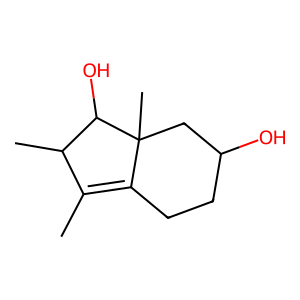
SMILES: CC1=C2CCC(O)CC2(C)C(O)C1C
Inhibits HIV replication: No